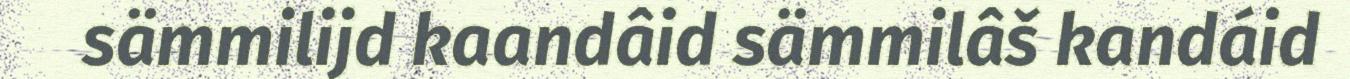
sämmilijd kaandâid sämmilâš kandáid